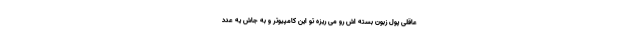
عاقلی پول زبون بسته اش رو می ­ریزه تو این کامپیوتر و به جاش یه عدد